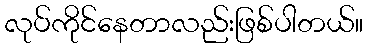
လုပ်ကိုင်နေတာလည်းဖြစ်ပါတယ်။